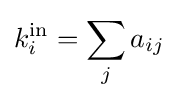
k_{i}^{\text{in}}=\sum _{j}a_{ij}